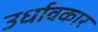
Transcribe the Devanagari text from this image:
उर्धावकार